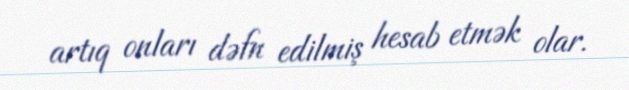
artıq onları dəfn edilmiş hesab etmək olar.